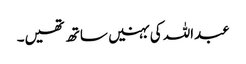
عبداللہ کی بہنیں ساتھ تھیں۔